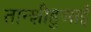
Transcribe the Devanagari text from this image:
तान्शीहुआई